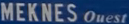
MEKNES Questi